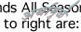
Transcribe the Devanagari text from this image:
अर्थामुळे